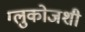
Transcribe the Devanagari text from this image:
ग्लुकोजशी